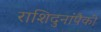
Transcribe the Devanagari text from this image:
राशिदुनांपैकी